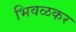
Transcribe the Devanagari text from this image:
भिवळकर